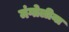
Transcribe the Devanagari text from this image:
मंगोलीया